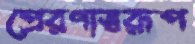
প্রেরণাস্বরূপ